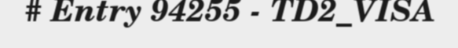
# Entry 94255 - TD2_VISA